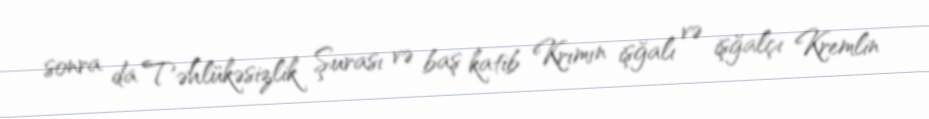
sonra da Təhlükəsizlik Şurası və baş katib Krımın işğalı və işğalçı Kremlin